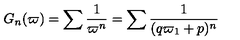
G _ { n } ( \varpi ) = \sum \frac { 1 } { \varpi ^ { n } } = \sum \frac { 1 } { ( q \varpi _ { 1 } + p ) ^ { n } }